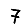
Digit: 7